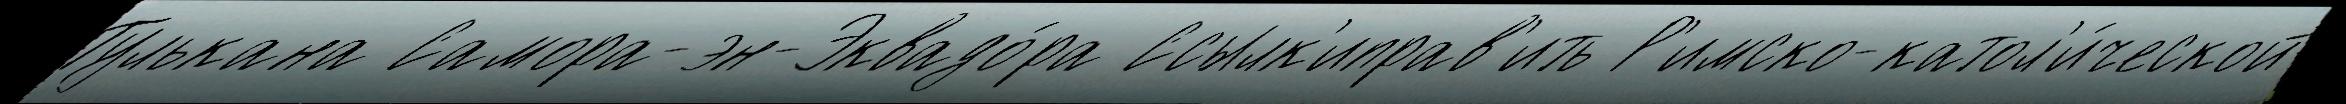
Тулькана Самора-эн-Эквадо́ра Ссылк'иправ'ить Р'имско-катол'и́ческой